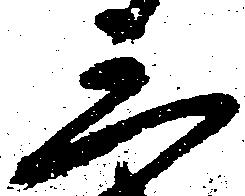
三